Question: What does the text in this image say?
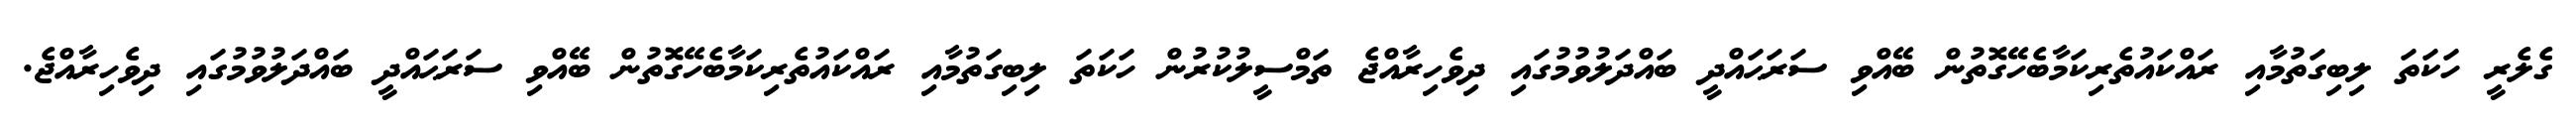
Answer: ގެލެރީ ހަކަތަ ލިބިގަތުމާއި ރައްކައުތެރިކަމާބެހޭގޮތުން ބޭއްވި ސަރަޙައްދީ ބައްދަލުވުމުގައި ދިވެހިރާއްޖެ ތަމްސީލުކުރުން ހަކަތަ ލިބިގަތުމާއި ރައްކައުތެރިކަމާބެހޭގޮތުން ބޭއްވި ސަރަޙައްދީ ބައްދަލުވުމުގައި ދިވެހިރާއްޖެ.